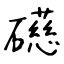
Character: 礠